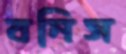
বনিস